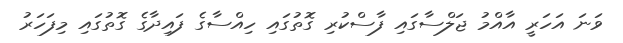
ވަނަ އަހަރީ އާއްމު ޖަލްސާގައި ފާސްކުރި ގޮތުގައި ހިއްސާގެ ފައިދާގެ ގޮތުގައި މިފަހަރު